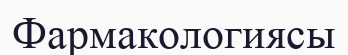
Фармакологиясы